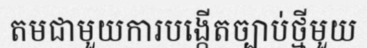
តមជាមួយការបង្កើតច្បាប់ថ្មីមួយ